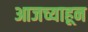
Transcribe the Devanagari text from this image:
आजच्याहून